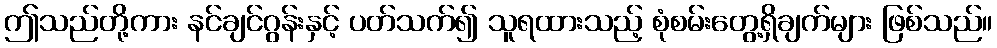
ဤသည်တို့ကား နင်ချင်ဂွန်းနှင့် ပတ်သက်၍ သူရထားသည့် စုံစမ်းတွေ့ရှိချက်များ ဖြစ်သည်။